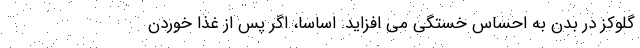
گلوکز در بدن به احساس خستگی می افزاید. اساسا، اگر پس از غذا خوردن